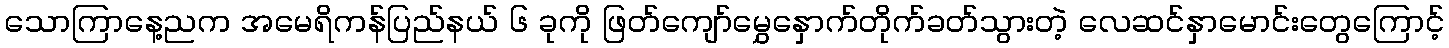
သောကြာနေ့ညက အမေရိကန်ပြည်နယ် ၆ ခုကို ဖြတ်ကျော်မွှေနှောက်တိုက်ခတ်သွားတဲ့ လေဆင်နှာမောင်းတွေကြောင့်